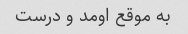
به موقع اومد و درست